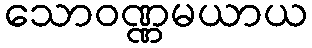
သောဝဏ္ဏမယာယ